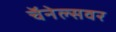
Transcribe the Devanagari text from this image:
चॅनेल्सवर